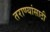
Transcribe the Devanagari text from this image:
तराण्यांसाठी